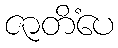
ဇာတိံပေ